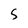
Character: S